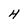
Character: H